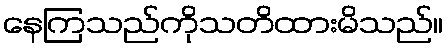
နေကြသည်ကိုသတိထားမိသည်။